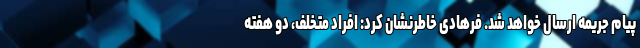
پیام جریمه ارسال خواهد شد. فرهادی خاطرنشان کرد: افراد متخلف، دو هفته